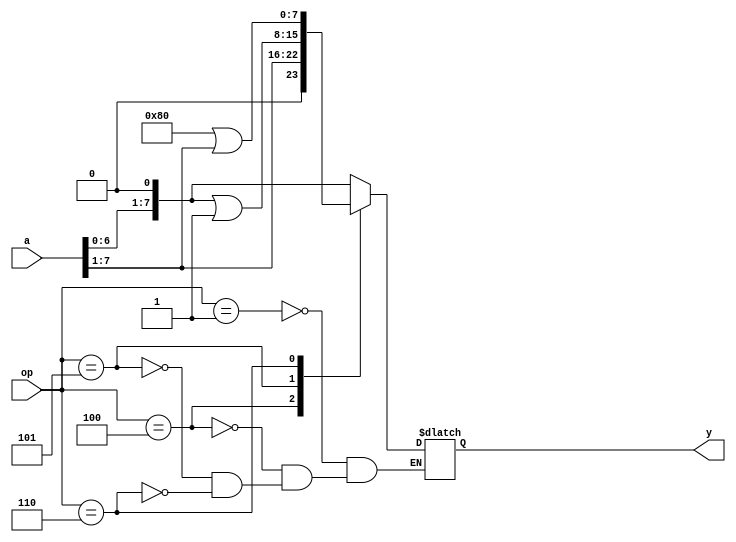
module shift_rotate( 
    input [7:0]a, 
    input [2:0]op,
    output reg [7:0]y);

always @(*) begin
case (op)
    3'b001 : y= a<<1;
    3'b100 : y= a>>1; 
    3'b101 : y={a<<1|8'b0000_0001};
    3'b110 : y={8'b1000_0000|a>>1};
endcase
end
endmodule

module test();
reg [7:0]in;
reg [2:0]op;
wire  [7:0]out;

initial begin
		$dumpfile("rot.vcd");
		$dumpvars;
	end


    shift_rotate r(in,op,out);
    initial begin

        #2 in=8'b1001_1001;
            op=3'b001;
        #6 in=8'b1001_1001;
            op=3'b110;

        #2 $finish;
    end

    initial
		$monitor($time," out=%b in=%b",out, in);
endmodule